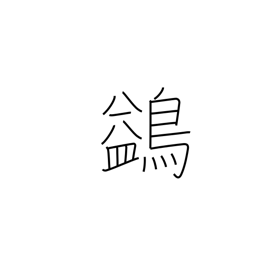
Meaning: waterfowl which flies high but not against the wind